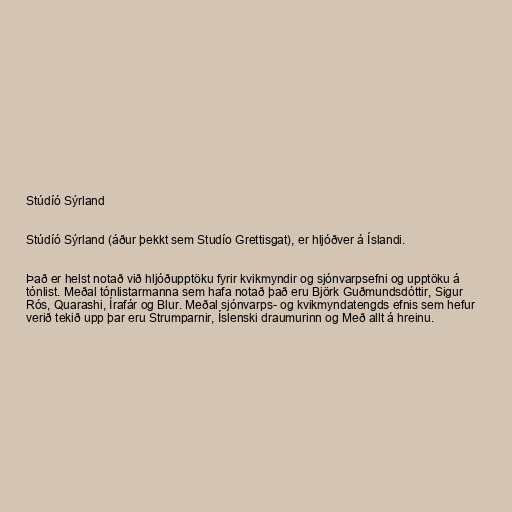
Stúdíó Sýrland

Stúdíó Sýrland (áður þekkt sem Studío Grettisgat), er hljóðver á Íslandi.

Það er helst notað við hljóðupptöku fyrir kvikmyndir og sjónvarpsefni og upptöku á
tónlist. Meðal tónlistarmanna sem hafa notað það eru Björk Guðmundsdóttir, Sigur
Rós, Quarashi, Írafár og Blur. Meðal sjónvarps- og kvikmyndatengds efnis sem hefur
verið tekið upp þar eru Strumparnir, Íslenski draumurinn og Með allt á hreinu.